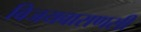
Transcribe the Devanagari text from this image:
विजयवाराणसी